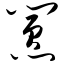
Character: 嚣